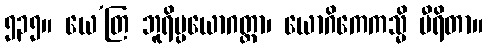
၅၃၅။ ယေ’တြ ဘူရိပ္ပယောဂတ္တာ၊ ယောဂိကေကသ္မိ မီရိတာ။